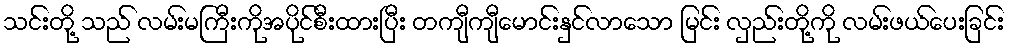
သင်းတို့ သည် လမ်းမကြီးကိုအပိုင်စီးထားပြီး တကျီကျီမောင်းနှင်လာသော မြင်း လှည်းတို့ကို လမ်းဖယ်ပေးခြင်း